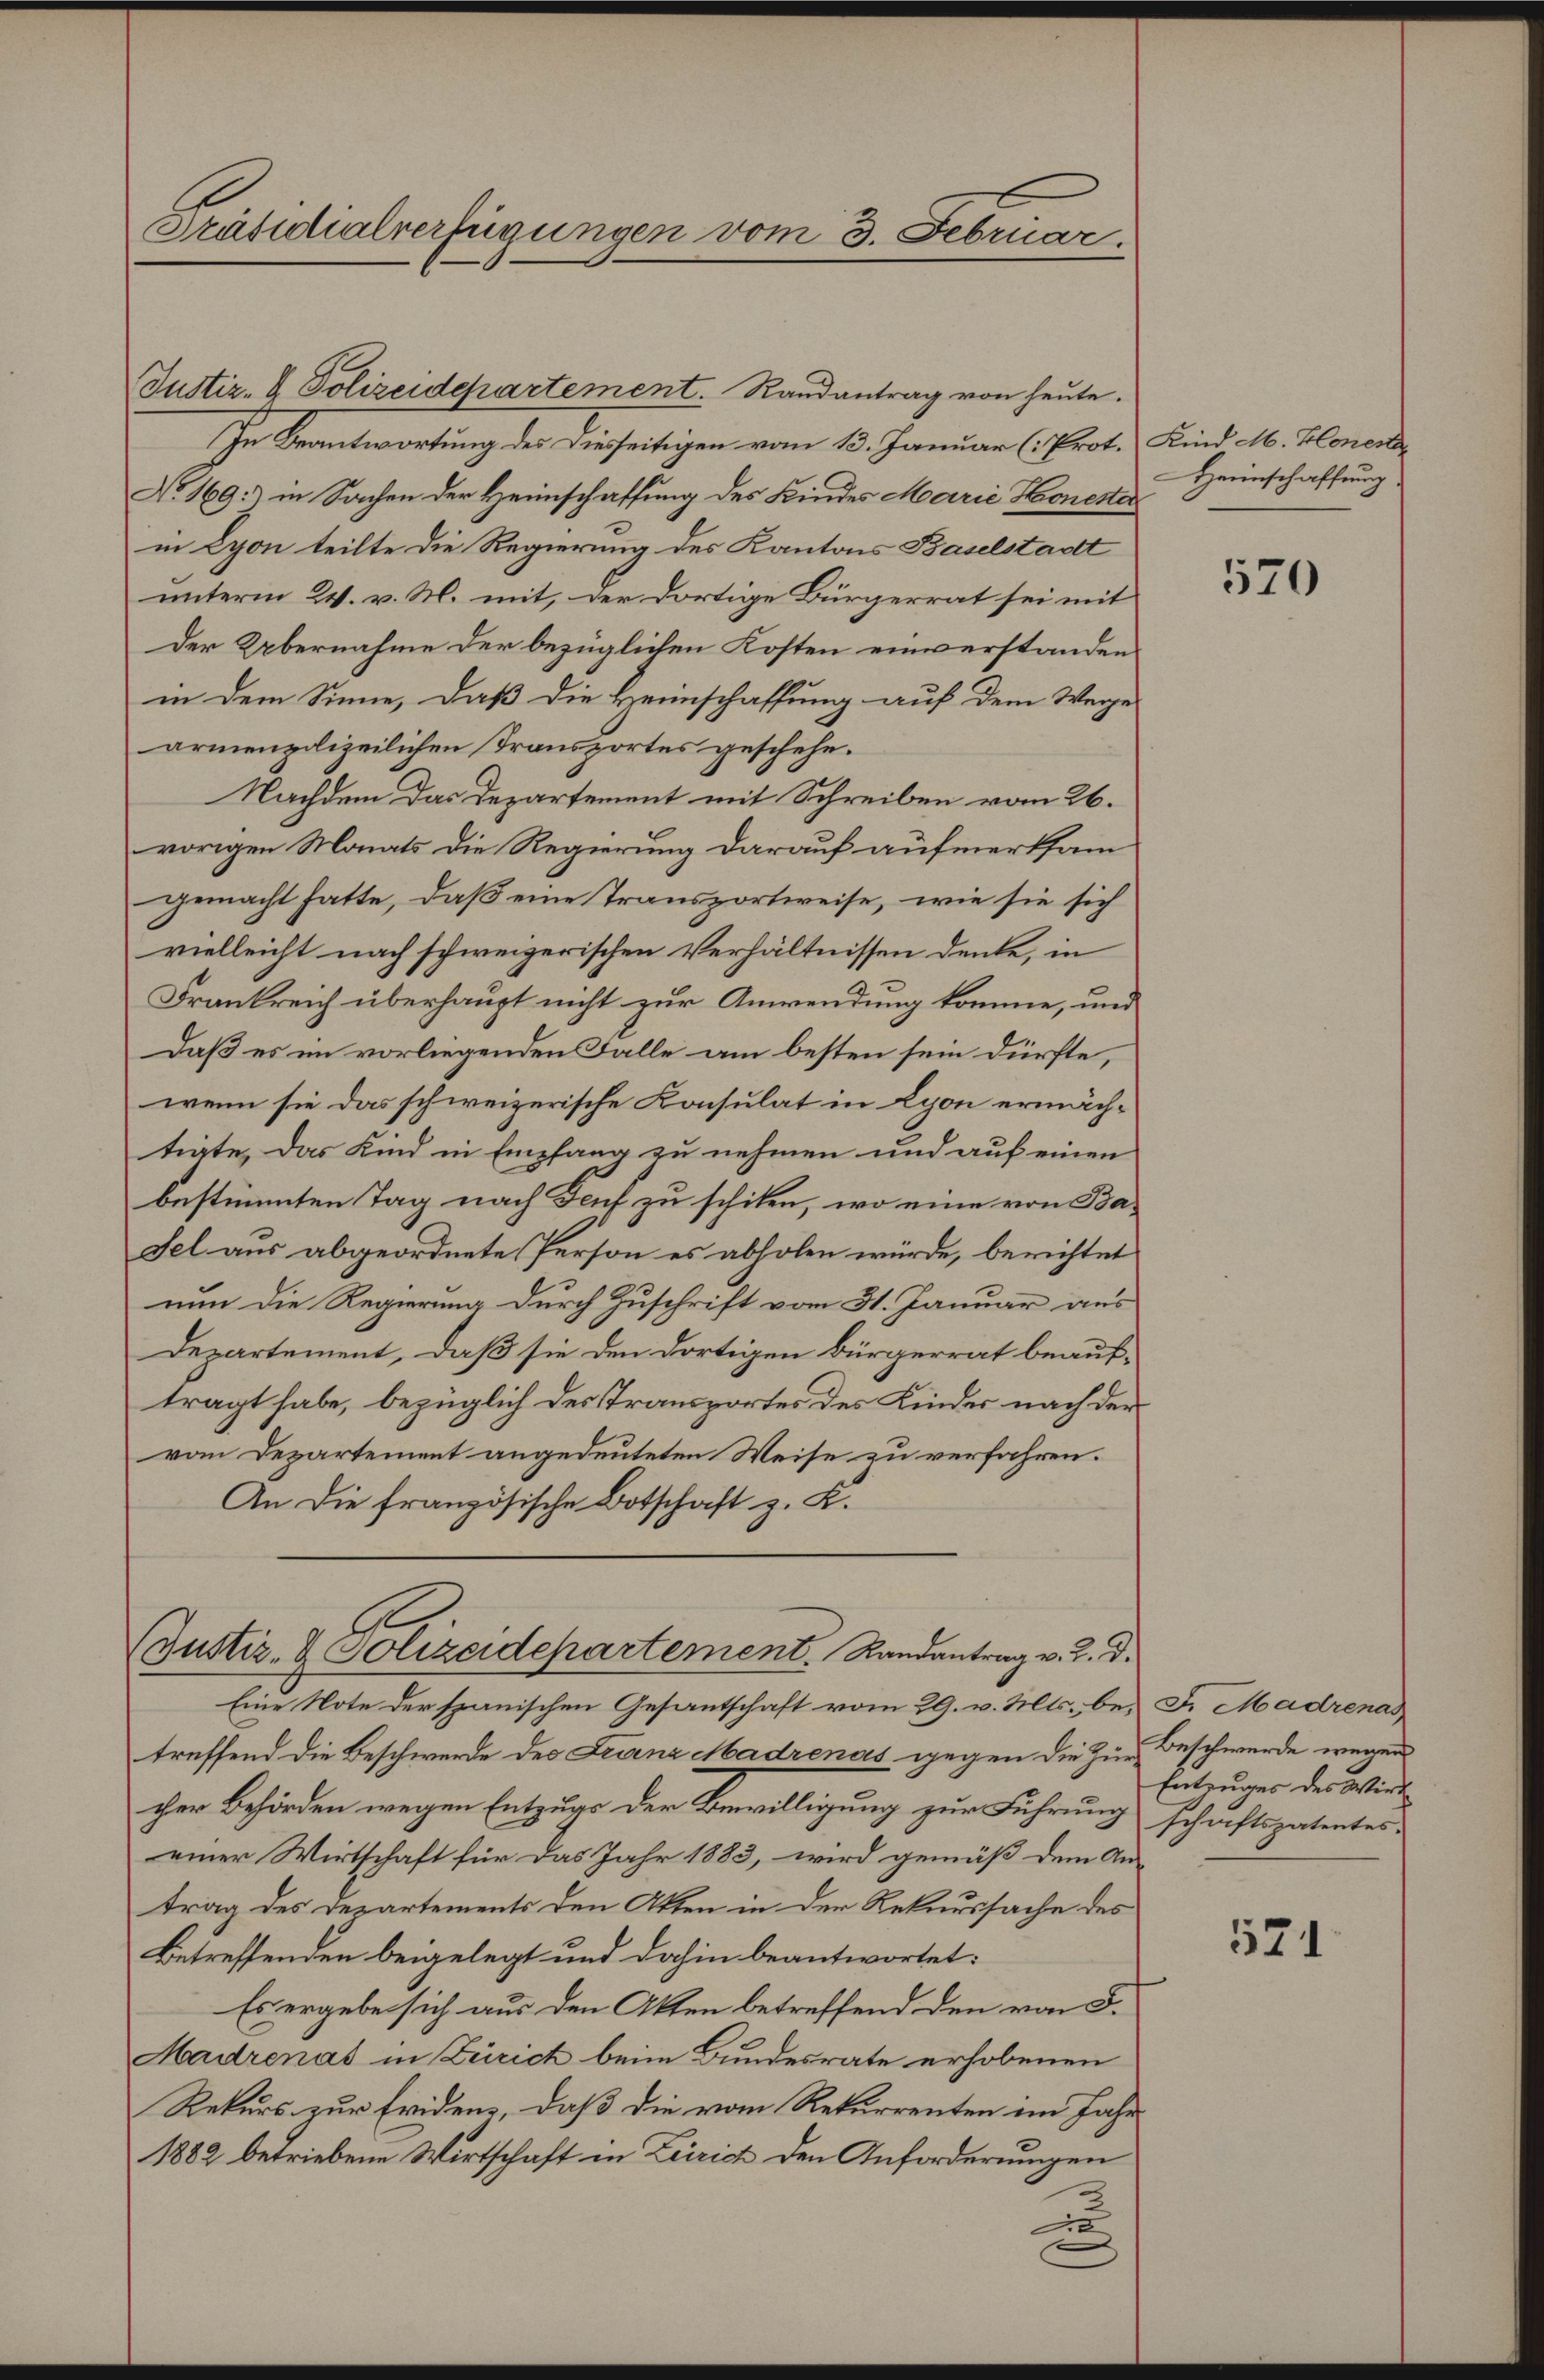
Präsidialverfügungen vom 3. Februar.

Justiz- & Polizeidepartement. Randantrag von heute.
In Beantwortung des Diesseitigen vom 13. Januar (: Prot. Kind M. Blonen
No 169: in Sachen der Heimschaffung des Kindes Marie Honeste
in Lyon teilte die Regierung des Kantons Baselstadt
unterm 24. v. M. mit, der dortige Bürgerrat sei mit
Der Übernahme der bezüglichen Kosten einverstanden
in dem Sinne, daß die Heimschaffung auf dem Wege
armenpolizeilichen Transportes geschehe.
Nachdem das Departement mit Schreiben vom 26.
vorigen Monats die Regierung darauf aufmerksam
gemacht hatte, daß eine Transportweise, wie sie sich
vielleicht nach schweizerischen Verhältnissen denke, in
Frankreich überhaupt nicht zur Anwendung komme, und
Daß es im vorliegenden Falle am besten sein dürfte,
wenn sie das schweizerische Konsulat in Lyon ermächtigte, das Kind in Empfang zu nehmen und auf einen
bestimmten Tag nach Genf zu schiken, wo eine von Ba¬
Fel aus abgeordnete Person es abholen würde, berichtet
nun die Regierung durch Zuschrift vom 31. Januar aus
Departement, daß sie den dortigen Bürgerrat beauftragt habe, bezüglich des Transportes des Kinder nach der
vom Departement angedeuteten Weise zu verfahren.
An die französische Botschaft z. K.

(Justiz- & Polizeidepartement. Randantrag v. 2. d.
Eine Note der spanischen Gesantschaft vom 29. v. Mts. bei Fr. Madrenas

treffend die Beschwerde des Franz Madrenas gegen die Zur Beschwerde wegen
cher Behörden wegen Entzugs der Bewilligung zur Führung schaftspatentes
einer Wirtschaft für das Jahr 1883, wird gemäß dem An-
trag des Departements den Akten in der Rekurssache des
Betreffenden beigelegt und dahin beantwortet:
Es ergebe sich aus den Akten betreffend den von S.
Madrenas in Zürich beim Bundesrate erhobenen
Rekurs zur Fridens, daß die vom Rekurrenten im Jahr
1882 betriebene Wirtschaft in Zürich den Anforderungen
u
.

Heimschaffung.

570

Entzuges des Wirt

521